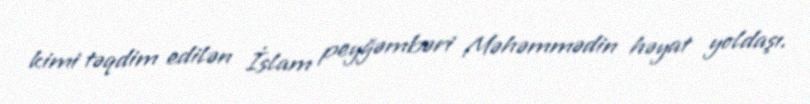
kimi təqdim edilən İslam peyğəmbəri Məhəmmədin həyat yoldaşı.